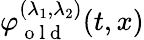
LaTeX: \varphi_{\mathrm{~o~l~d~}}^{(\lambda_{1},\lambda_{2})}(t,x)